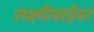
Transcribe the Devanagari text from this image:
लक्ष्मीबाईंवर